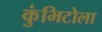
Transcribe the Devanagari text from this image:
कुंभिटोला